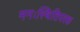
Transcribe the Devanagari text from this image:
मनःस्थितिपरक